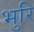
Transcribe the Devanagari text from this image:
भुरि